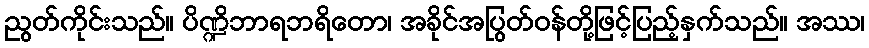
ညွတ်ကိုင်းသည်။ ပိဏ္ဍိဘာရဘရိတော၊ အခိုင်အပြွတ်ဝန်တို့ဖြင့်ပြည့်နှက်သည်။ အဿ၊